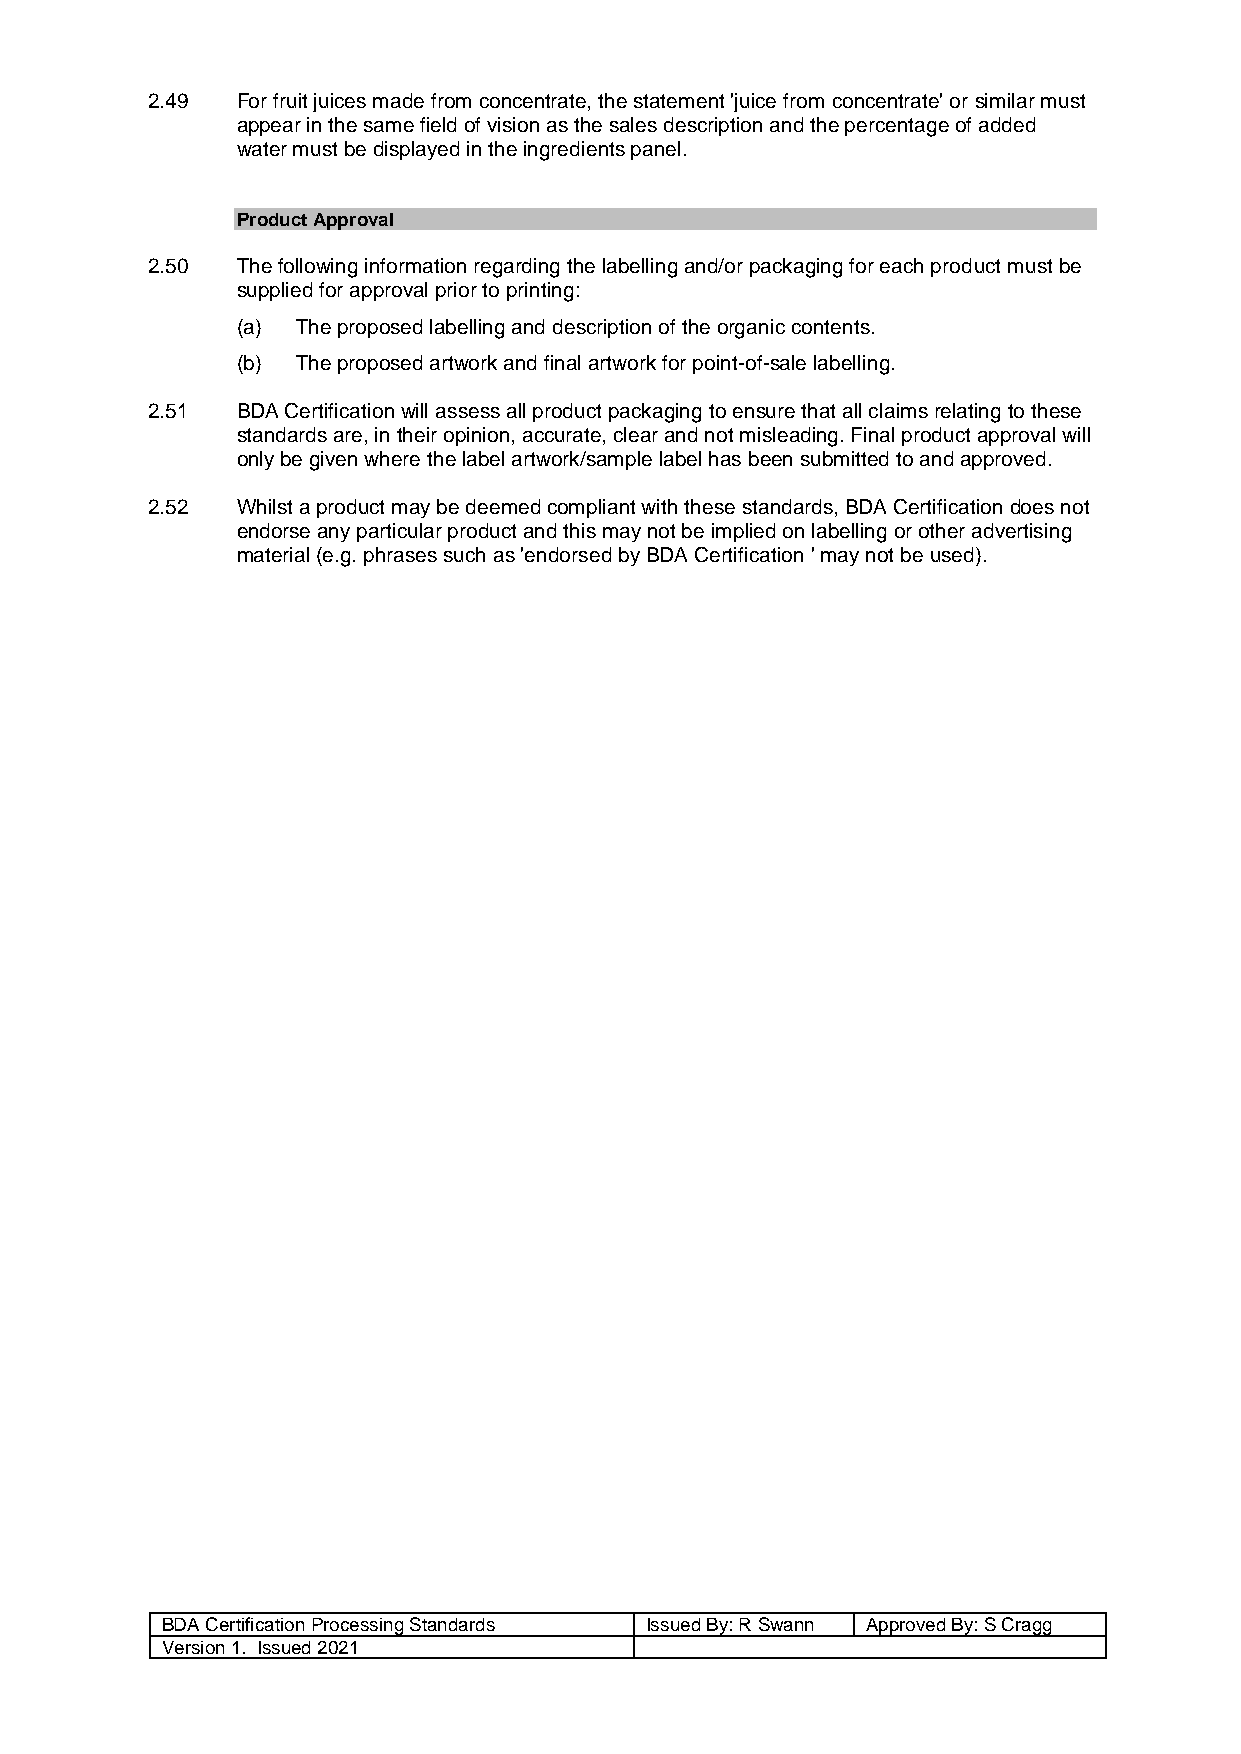
2.49  For fruit juices made from concentrate, the statement 'juice from concentrate' or similar must
 appear in the same field of vision as the sales description and the percentage of added
 water must be displayed in the ingredients panel.
 Product Approval
 2.50  The following information regarding the labelling and/or packaging for each product must be
 supplied for approval prior to printing:
 (a) The proposed labelling and description of the organic contents.
 (b) The proposed artwork and final artwork for point-of-sale labelling.
 2.51  BDA Certification will assess all product packaging to ensure that all claims relating to these
 standards are, in their opinion, accurate, clear and not misleading. Final product approval will
 only be given where the label artwork/sample label has been submitted to and approved.
 2.52  Whilst a product may be deemed compliant with these standards, BDA Certification does not
 endorse any particular product and this may not be implied on labelling or other advertising
 material (e.g. phrases such as 'endorsed by BDA Certification ' may not be used).
 BDA Certification Processing Standards Issued By: R Swann Approved By: S Cragg
 Version 1. Issued 2021